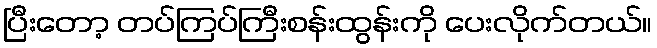
ပြီးတော့ တပ်ကြပ်ကြီးစန်းထွန်းကို ပေးလိုက်တယ်။